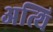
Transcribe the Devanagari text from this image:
अत्थि